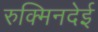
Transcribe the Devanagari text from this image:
रुक्मिनदेई